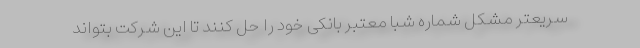
سریعتر مشکل شماره شبا معتبر بانکی خود را حل کنند تا این شرکت بتواند